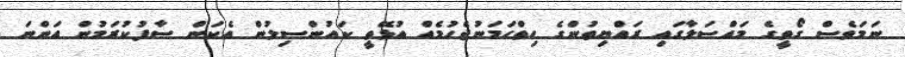
ނަމަވެސް ގޯތީގެ މައްސަލާގައި ރައްޔިތުންގެ ހިތްހަމަނުޖެހުމެއް އުޅޭތީ ކައުންސިލުން އެކަން ސާފުކުރަމުން އަންނަ